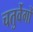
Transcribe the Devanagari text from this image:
चतुर्वेगों